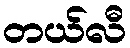
တယ်လီ